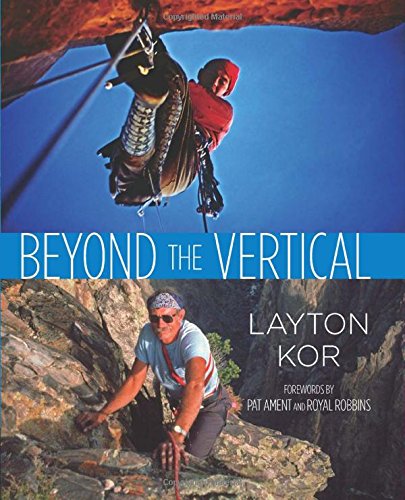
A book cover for Beyond the Vertical; Layton Kor; Sports & Outdoors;